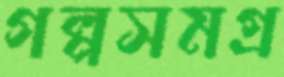
গল্পসমগ্র